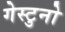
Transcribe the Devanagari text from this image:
गेस्टुनो